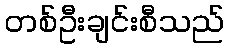
တစ်ဦးချင်းစီသည်